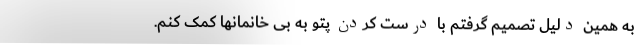
به همین دلیل تصمیم گرفتم با درست کردن پتو به بی خانمانها کمک کنم.